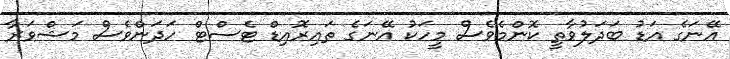
އޭނަގެ އަޑު ބަދަލުވާތީ ކޮންމެވެސް މީހަކު އޭނަގެ ތައިރޮއިޑް ޓެސްޓް ހަދަންވެސް މަޝްވަރާ